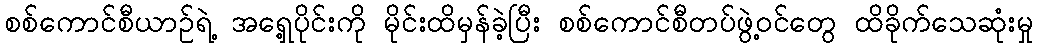
စစ်ကောင်စီယာဉ်ရဲ့ အရှေ့ပိုင်းကို မိုင်းထိမှန်ခဲ့ပြီး စစ်ကောင်စီတပ်ဖွဲ့ဝင်တွေ ထိခိုက်သေဆုံးမှု